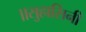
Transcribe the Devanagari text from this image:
॥सुहासिनी